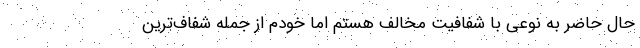
حال حاضر به نوعی با شفافیت مخالف هستم اما خودم از جمله شفاف‌ترین